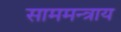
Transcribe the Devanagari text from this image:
साममन्त्राय